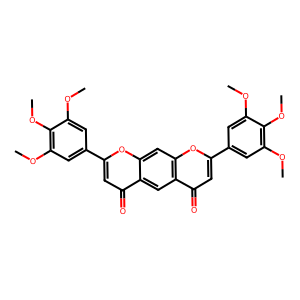
SMILES: COc1cc(-c2cc(=O)c3cc4c(=O)cc(-c5cc(OC)c(OC)c(OC)c5)oc4cc3o2)cc(OC)c1OC
Inhibits HIV replication: No